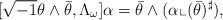
LaTeX: \begin{align*}[\sqrt{-1}\theta \wedge\bar{\theta},\Lambda_\omega]\alpha=\bar{\theta}\wedge(\alpha\llcorner(\bar{\theta})^\sharp),\end{align*}